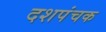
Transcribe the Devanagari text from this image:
दशपंचक